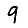
Digit: 9